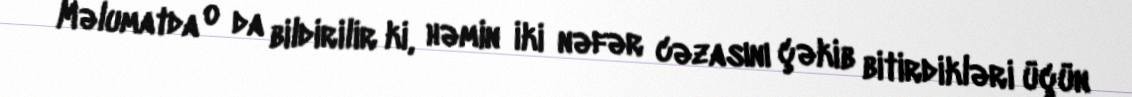
Məlumatda o da bildirilir ki, həmin iki nəfər cəzasını çəkib bitirdikləri üçün